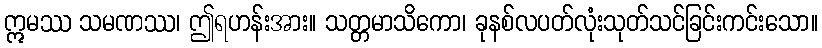
ဣမဿ သမဏဿ၊ ဤရဟန်းအား။ သတ္တမာသိကော၊ ခုနစ်လပတ်လုံးသုတ်သင်ခြင်းကင်းသော။